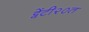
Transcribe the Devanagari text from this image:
ट्वेंटी२०त